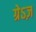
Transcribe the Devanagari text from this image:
ग्रेऽज़